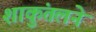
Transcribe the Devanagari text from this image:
शाकुंतलने